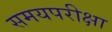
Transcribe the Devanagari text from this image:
समयपरीक्षा